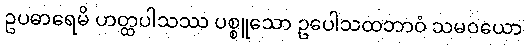
ဥပဓာရေမိ ဟတ္ထပါသဿ ပစ္စူသော ဥပေါသထဘာဝံ သမဝယော